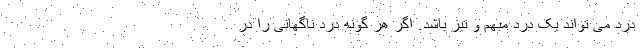
درد می تواند یک درد مبهم و تیز باشد. اگر هر گونه درد ناگهانی را در